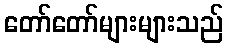
တော်တော်များများသည်